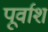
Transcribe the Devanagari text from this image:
पूर्वाश